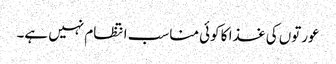
عورتوں کی غذا کا کوئی مناسب انتظام نہیں ہے۔